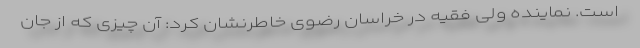
است. نماینده ولی فقیه در خراسان رضوی خاطرنشان کرد: آن چیزی که از جان